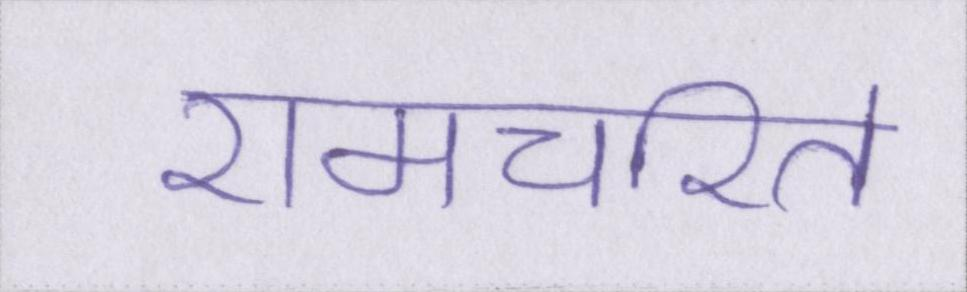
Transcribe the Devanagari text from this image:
रामचरित